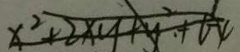
x ^ { 2 } + 2 x y + y ^ { 2 } + t - 4